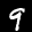
Label: 9